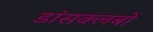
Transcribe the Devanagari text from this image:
डांसक्लबों